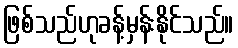
ဖြစ်သည်ဟုခန့်မှန်းနိုင်သည်။